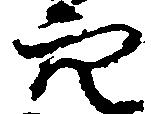
穴